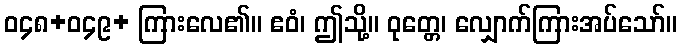
ဝ၄၈+ဝ၄၉+ ကြားလေ၏။ ဧဝံ၊ ဤသို့။ ဝုတ္တေ၊ လျှောက်ကြားအပ်သော်။